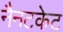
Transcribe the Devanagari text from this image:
नैनटकेट